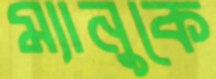
ম্যানুকে